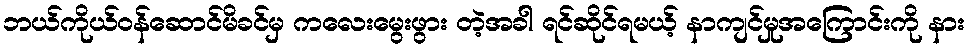
ဘယ်ကိုယ်ဝန်ဆောင်မိခင်မှ ကလေးမွေးဖွား တဲ့အခါ ရင်ဆိုင်ရမယ့် နာကျင်မှုအကြောင်းကို နား